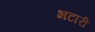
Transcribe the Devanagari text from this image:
भटारी